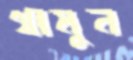
থামুন